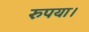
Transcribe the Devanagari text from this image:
रुपया।